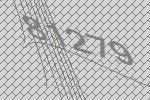
81279